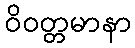
ဝိဝတ္တမာနာ